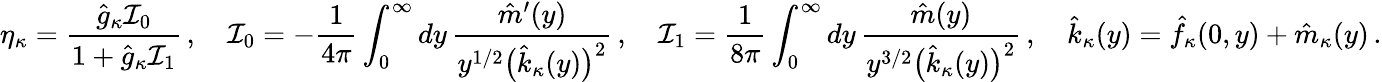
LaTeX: \eta_{\kappa}=\frac{\hat{g}_{\kappa}{\cal I}_{0}}{1+\hat{g}_{\kappa}{\cal I}_{1}}\, ,\quad{\cal I}_{0}=-\frac{1}{4\pi}\int_{0}^{\infty}dy\, \frac{\hat{m}^{\prime}(y)}{y^{1/2}\big(\hat{k}_{\kappa}(y)\big)^{2}}\, ,\quad{\cal I}_{1}=\frac{1}{8\pi}\int_{0}^{\infty}dy\, \frac{\hat{m}(y)}{y^{3/2}\big(\hat{k}_{\kappa}(y)\big)^{2}}\, ,\quad\hat{k}_{\kappa}(y)=\hat{f}_{\kappa}(0,y)+\hat{m}_{\kappa}(y)\, .